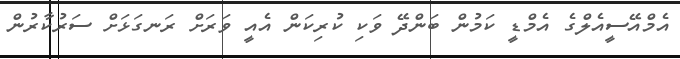
އެމްއޭސީއެލްގެ އެމްޑީ ކަމުން ބަންދޭ ވަކި ކުރިކަން އެއީ ވަރަށް ރަނގަޅަށް ސަރުކާރުން